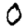
Digit: 0